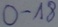
Text: 0-18